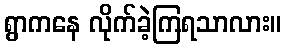
ရွာကနေ လိုက်ခဲ့ကြရသာလား။